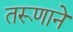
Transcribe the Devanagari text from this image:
तरूणाने